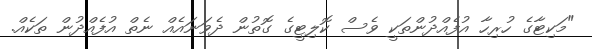
"މަކިޓާގެ ހުރިހާ އުފެއްދުންތަކީ ވެސް ކޮލިޓީގެ ގޮތުން ދެވަނައެއް ނެތް އުފެއްދުން ތަކެއް.